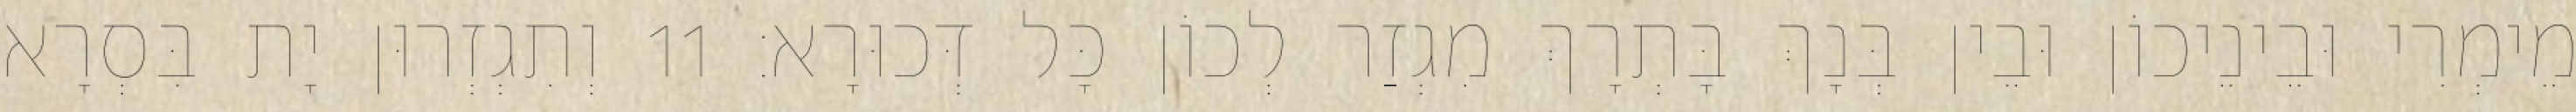
מֵימְרִי וּבֵינֵיכוֹן וּבֵין בְּנָךְ בָּתְרָךְ מִגְזַר לְכוֹן כָּל דְּכוּרָא׃ 11 וְתִגְזְרוּן יָת בִּסְרָא